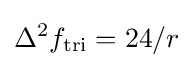
\Delta ^{2}f_{\text{tri}}=24/r